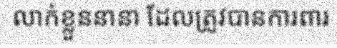
លាក់ខ្លួននានា ដែលត្រូវបានការពារ